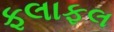
ફલાફલ